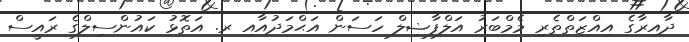
ދާއިރާގެ އިއްޒަތްތެރި މެމްބަރު އަލްފާޟިލް ހަސަން އަޙްމަދުއާއި ރ. އަތޮޅު ކައުންސިލްގެ ރައީސް